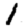
Digit: 1